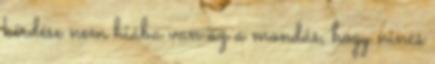
kérdése nem hiába van az a mondás, hogy nincs